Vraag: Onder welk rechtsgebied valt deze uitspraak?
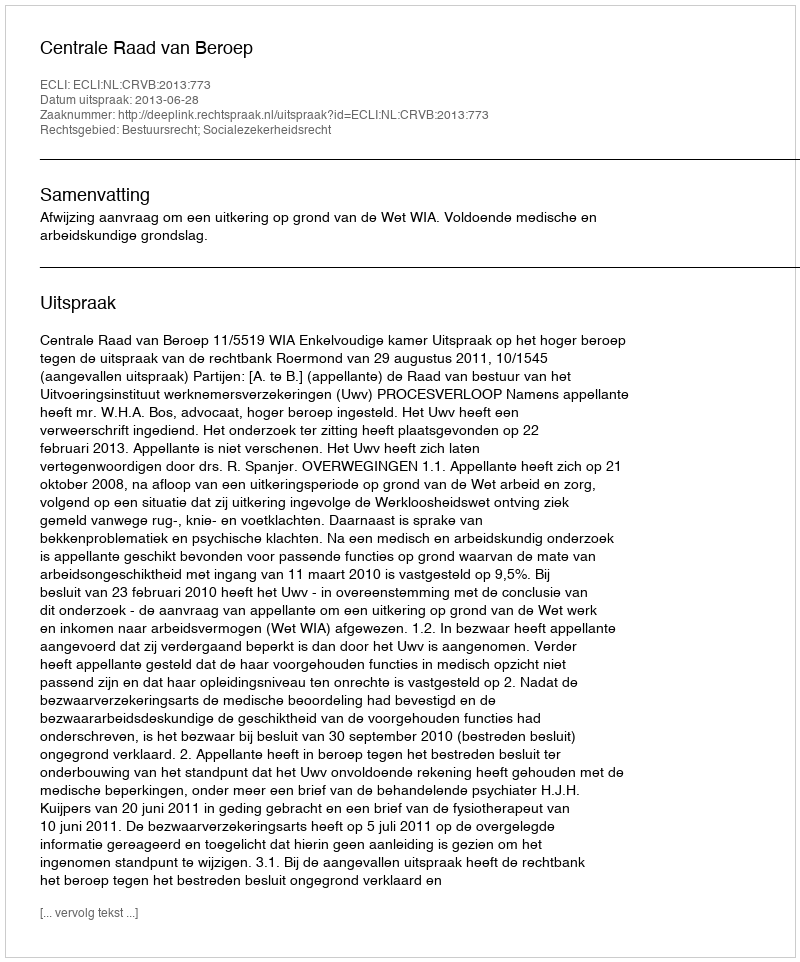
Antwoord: Bestuursrecht; Socialezekerheidsrecht